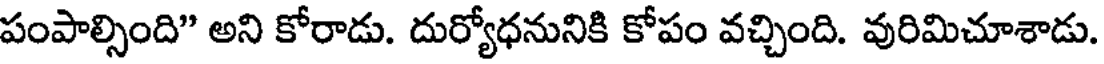
పంపాల్సింది" అని కోరాడు. దుర్యోధనునికి కోపం వచ్చింది. వురిమిచూశాడు.